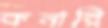
কনারি